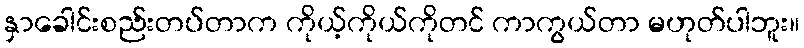
နှာခေါင်းစည်းတပ်တာက ကိုယ့်ကိုယ်ကိုတင် ကာကွယ်တာ မဟုတ်ပါဘူး။